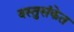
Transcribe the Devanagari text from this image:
वस्तुसंकेत